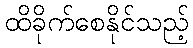
ထိခိုက်စေနိုင်သည့်